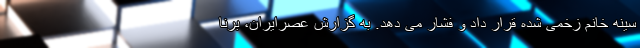
سینه خانم زخمی شده قرار داد و فشار می دهد. به گزارش عصرایران، برنا